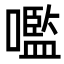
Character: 嚂